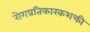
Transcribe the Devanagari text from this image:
रोगप्रतिकारकशक्ती